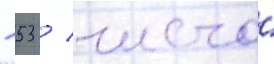
- 53 / число́